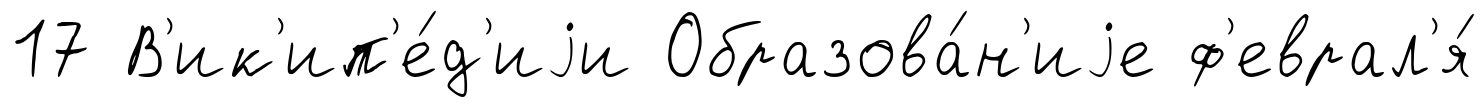
17 В'ик'ип'е́д'иjи Образова́н'иjе ф'еврал'я́